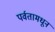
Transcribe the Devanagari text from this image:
पर्वतामधून